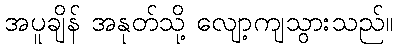
အပူချိန် အနုတ်သို့ လျော့ကျသွားသည်။